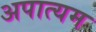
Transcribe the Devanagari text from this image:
अपात्यम